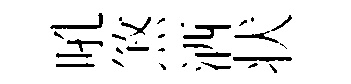
吼煞洒状